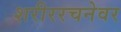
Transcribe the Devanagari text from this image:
शरीररचनेवर